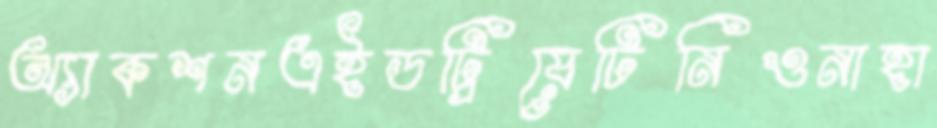
অ্যাকশনএইডট্রিয়েটিনিওনাহা